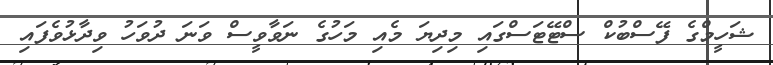
ޝަހީމްގެ ފޭސްބުކް ސްޓޭޓަސްގައި މިދިޔަ މެއި މަހުގެ ނަވާވީސް ވަނަ ދުވަހު ވިދާޅުވެފައި